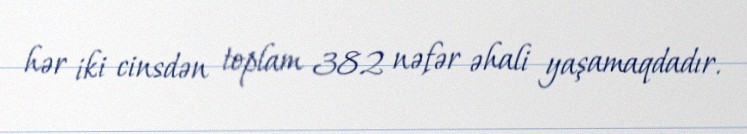
hər iki cinsdən toplam 382 nəfər əhali yaşamaqdadır.